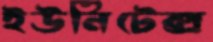
ইউনিটেক্স